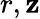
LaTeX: r,\mathbf{z}